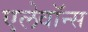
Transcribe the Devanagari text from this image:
एलेवॉन्स